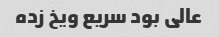
عالی بود سریع ویخ زده